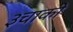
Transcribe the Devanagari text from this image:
३चाकी